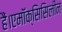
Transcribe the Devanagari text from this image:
हैं।एमॉक्सिसिलीन